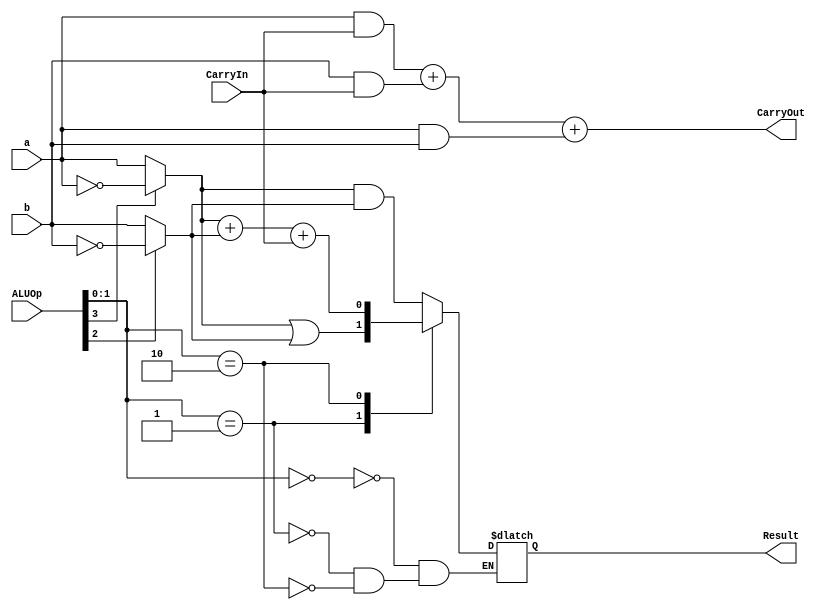
module ALU_1_bit(
	input a,b, CarryIn,
	input [3:0] ALUOp,
	output reg Result, CarryOut
);

wire mux1out, mux2out;
assign mux1out = ALUOp[3] ? ~a : a;
assign mux2out = ALUOp[2] ? ~b : b;

always @ (ALUOp)
begin
CarryOut = (a & CarryIn) + (b & CarryIn) + (a & b);
	case (ALUOp[1:0])
		2'b00:
			Result = mux1out & mux2out;
		2'b01:
			Result = mux1out | mux2out;
		2'b10 :
			Result = mux1out + mux2out + CarryIn;
	endcase

end
endmodule